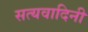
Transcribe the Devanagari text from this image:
सत्यवादिनी